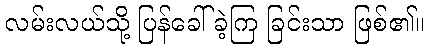
လမ်းလယ်သို့ ပြန်ခေါ်ခဲ့ကြ ခြင်းသာ ဖြစ်၏။